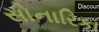
સોનારિકા